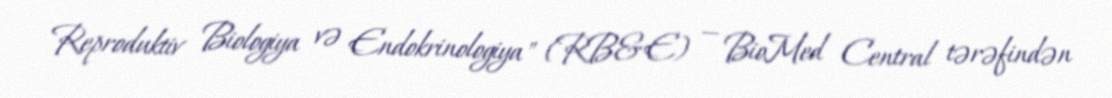
Reproduktiv Biologiya və Endokrinologiya" (RB&E) — BioMed Central tərəfindən